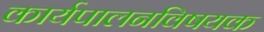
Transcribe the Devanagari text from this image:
कार्यपालनविषयक